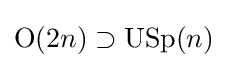
\mathrm {O} (2n)\supset \mathrm {USp} (n)